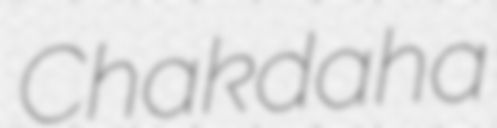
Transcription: Chakdaha